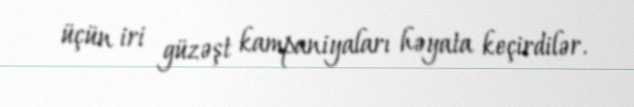
üçün iri güzəşt kampaniyaları həyata keçirdilər.